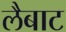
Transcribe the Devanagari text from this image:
लैबाट